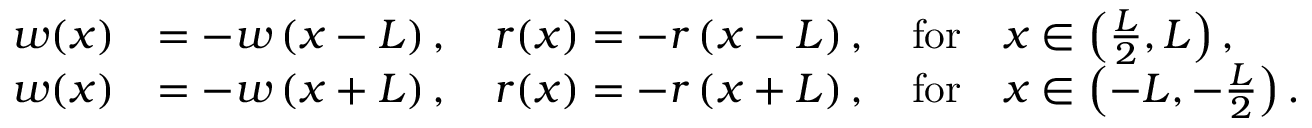
\begin{array} { r } { \begin{array} { r l } { w ( x ) } & { = - w \left( x - L \right) , \quad r ( x ) = - r \left( x - L \right) , \quad \mathrm { f o r } \quad x \in \left( \frac L 2 , L \right) , } \\ { w ( x ) } & { = - w \left( x + L \right) , \quad r ( x ) = - r \left( x + L \right) , \quad \mathrm { f o r } \quad x \in \left( - L , - \frac L 2 \right) . } \end{array} } \end{array}